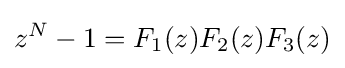
z^{N}-1=F_{1}(z)F_{2}(z)F_{3}(z)